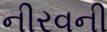
નીરવની